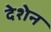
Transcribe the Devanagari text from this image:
देशेन